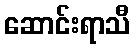
ဆောင်းရာသီ